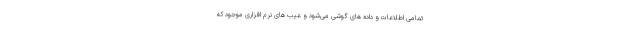
تمامی اطلاعات و داده های گوشی می‌شود و عیب های نرم افزاری موجود که